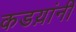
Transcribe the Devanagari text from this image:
कडय़ांनी